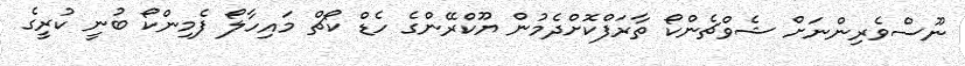
ނޫސްވެރިންނަށް ޝެވްޗެންކޯ ތާރަފްކޮށްދެމުން ޔޫކްރޭންގެ ހެޑް ކޯޗް މައިހާލޯ ފެމިންކޯ ބުނީ ކުރީގެ